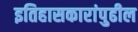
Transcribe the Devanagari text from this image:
इतिहासकारांपुढील